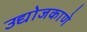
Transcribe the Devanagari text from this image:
उद्योजकाणे